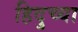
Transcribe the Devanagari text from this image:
हिदुच्या